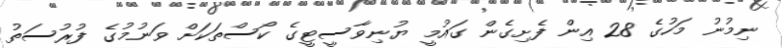
ނިމުނު މަހުގެ 28 އިން ފެށިގެން ގައުމީ ޔުނިވާސީޓީގެ ކޯސްތަކަށް ވަނުމުގެ ފުރުސަތު